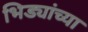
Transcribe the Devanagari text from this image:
भिड्यांच्या